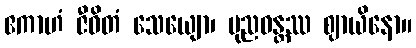
ဧကာဟံ ဇီဝိတံ သေယျော၊ ပုညဝန္တဿ ဈာယိနော။